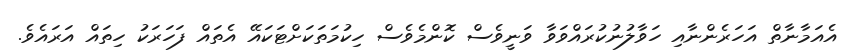
އެއަމާނާތް އަހަރެންނާއި ހަވާލުނުކުރައްވަވާ ވަނީވެސް ކޮންމެވެސް ހިކުމަތަކަށްޓަކައޭ އެތައް ފަހަރަކު ހިތައް އަރައެވެ.